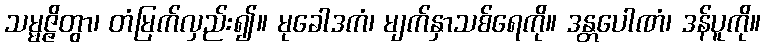
သမ္မဇ္ဇိတွာ၊ တံမြက်လှည်း၍။ မုခေါဒကံ၊ မျက်နှာသစ်ရေကို။ ဒန္တပေါဏံ၊ ဒန်ပူကို။